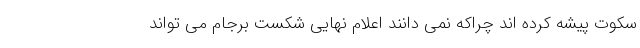
سکوت پیشه کرده اند چراکه نمی دانند اعلام نهایی شکست برجام می تواند